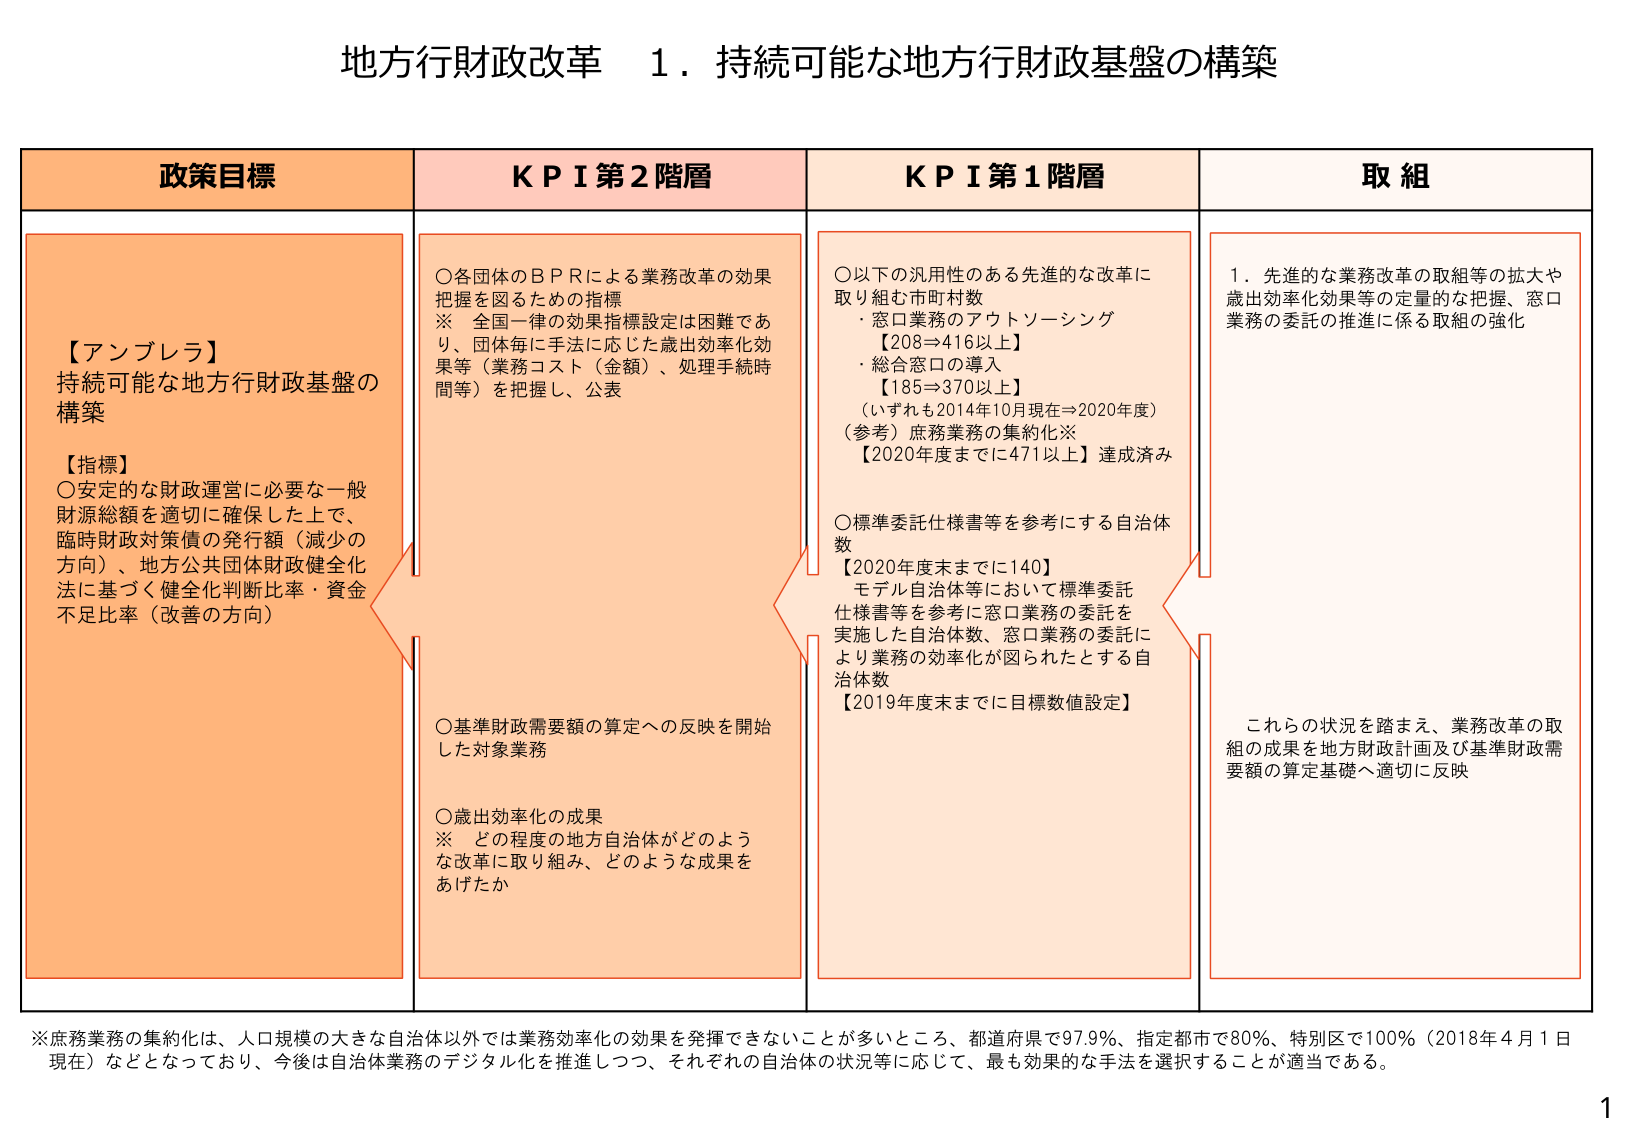
地方行財政改革 １．持続可能な地方行財政基盤の構築

政策目標
【アンブレラ】
持続可能な地方行財政基盤の
構築
【指標】
〇安定的な財政運営に必要な一般
財源総額を適切に確保した上で、
臨時財政対策債の発行額（減少の
方向）、地方公共団体財政健全化
法に基づく健全化判断比率・資金
不足比率（改善の方向）

ＫＰＩ第２階層
〇各団体のＢＰＲによる業務改革の効果
把握を図るための指標
※　全国一律の効果指標設定は困難であ
り、団体毎に手法に応じた歳出効率化効
果等（業務コスト（金額）、処理手続時
間等）を把握し、公表

〇基準財政需要額の算定への反映を開始
した対象業務

〇歳出効率化の成果
※　どの程度の地方自治体がどのよう
な改革に取り組み、どのような成果を
あげたか

ＫＰＩ第１階層
〇以下の汎用性のある先進的な改革に
取り組む市町村数
・窓口業務のアウトソーシング
【208⇒416以上】
・総合窓口の導入
【185⇒370以上】
（いずれも2014年10月現在⇒2020年度）
（参考）庶務業務の集約化※
【2020年度までに471以上】達成済み

〇標準委託仕様書等を参考にする自治体
数
【2020年度末までに140】
モデル自治体等において標準委託
仕様書等を参考に窓口業務の委託を
実施した自治体数、窓口業務の委託に
より業務の効率化が図られたとする自
治体数
【2019年度末までに目標数値設定】

取組
１．先進的な業務改革の取組等の拡大や
歳出効率化効果等の定量的な把握、窓口
業務の委託の推進に係る取組の強化

これら の状況を踏まえ、業務改革の取
組の成果を地方財政計画及び基準財政需
要額の算定基礎へ適切に反映

※庶務業務の集約化は、人口規模の大きな自治体以外では業務効率化の効果を発揮できないことが多いところ、都道府県で97.9％、指定都市で80％、特別区で100％（2018年4月1日
現在）などとなっており、今後は自治体業務のデジタル化を推進しつつ、それぞれの自治体の状況等に応じて、最も効果的な手法を選択することが適当である。

1